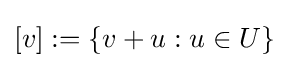
[v]:=\{v+u:u\in U\}